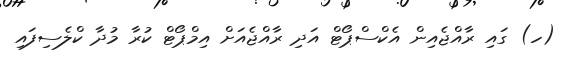
(ހ) ގައި ރާއްޖެއިން އެކްސްޕޯޓް އަދި ރާއްޖެއަށް އިމްޕޯޓް ކުރާ މުދާ ކްލެސިފައި